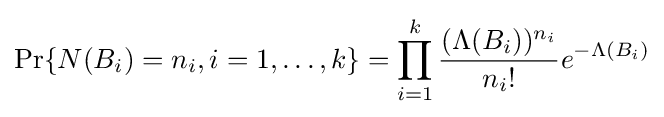
\Pr\{N(B_{i})=n_{i},i=1,\dots ,k\}=\prod _{i=1}^{k}{\frac {(\Lambda (B_{i}))^{n_{i}}}{n_{i}!}}e^{-\Lambda (B_{i})}